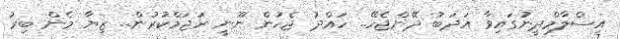
އިސްލާމްދީނުގައިވާ އަދަބު ދޭންޖެހޭ.. ހައްދު ޖެހުން ނޫނީ ރަޖަމްކުރުން.. ޒިޔާ މެން ބިރު